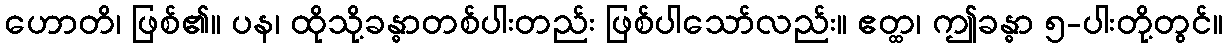
ဟောတိ၊ ဖြစ်၏။ ပန၊ ထိုသို့ခန္ဓာတစ်ပါးတည်း ဖြစ်ပါသော်လည်း။ ဧတ္ထ၊ ဤခန္ဓာ ၅-ပါးတို့တွင်။